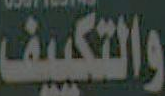
والتكييف